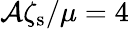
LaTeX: \mathcal{A}\zeta_{\mathrm{{s}}}/\mu=4